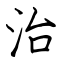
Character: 治